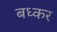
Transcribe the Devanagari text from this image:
बध्कर